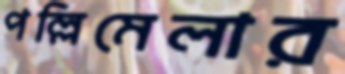
পল্লিমেলার